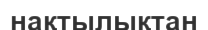
нақтылықтан